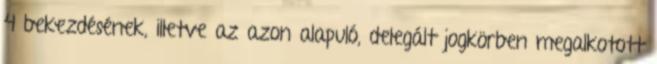
4 bekezdésének, illetve az azon alapuló, delegált jogkörben megalkotott